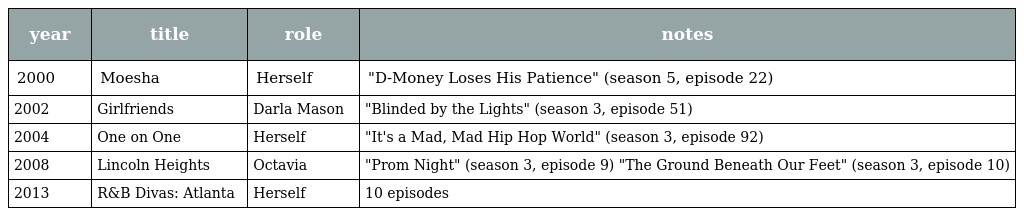
| year | title | role | notes |
 | --- | --- | --- | --- |
 | 2000 | Moesha | Herself | "D-Money Loses His Patience" (season 5, episode 22) |
 | 2002 | Girlfriends | Darla Mason | "Blinded by the Lights" (season 3, episode 51) |
 | 2004 | One on One | Herself | "It's a Mad, Mad Hip Hop World" (season 3, episode 92) |
 | 2008 | Lincoln Heights | Octavia | "Prom Night" (season 3, episode 9) "The Ground Beneath Our Feet" (season 3, episode 10) |
 | 2013 | R&B Divas: Atlanta | Herself | 10 episodes |